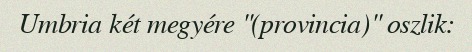
Umbria két megyére "(provincia)" oszlik: